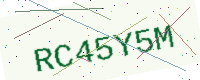
Text: RC45Y5M